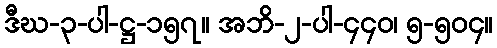
ဒီဃ-၃-ပါ-ဋ္ဌ-၁၅၇။ အဘိ-၂-ပါ-၄၄၀၊ ၅-၅၀၄။